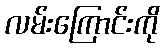
လမ်းကြောင်းကို